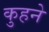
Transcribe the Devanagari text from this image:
कुहने